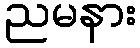
ညမနား